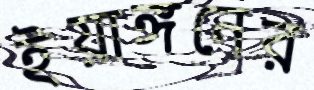
ইয়াঙ্গনের